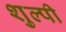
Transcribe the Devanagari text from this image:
शुल्पी